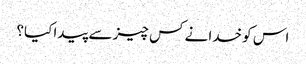
اس کو خدا نے کس چیز سے پیدا کیا؟